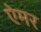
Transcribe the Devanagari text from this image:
ऐमर